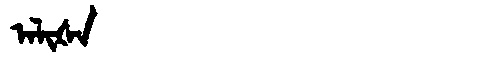
Manchu: ᠠᠯᡳᡧᠠ
Romanization: ALIŠA